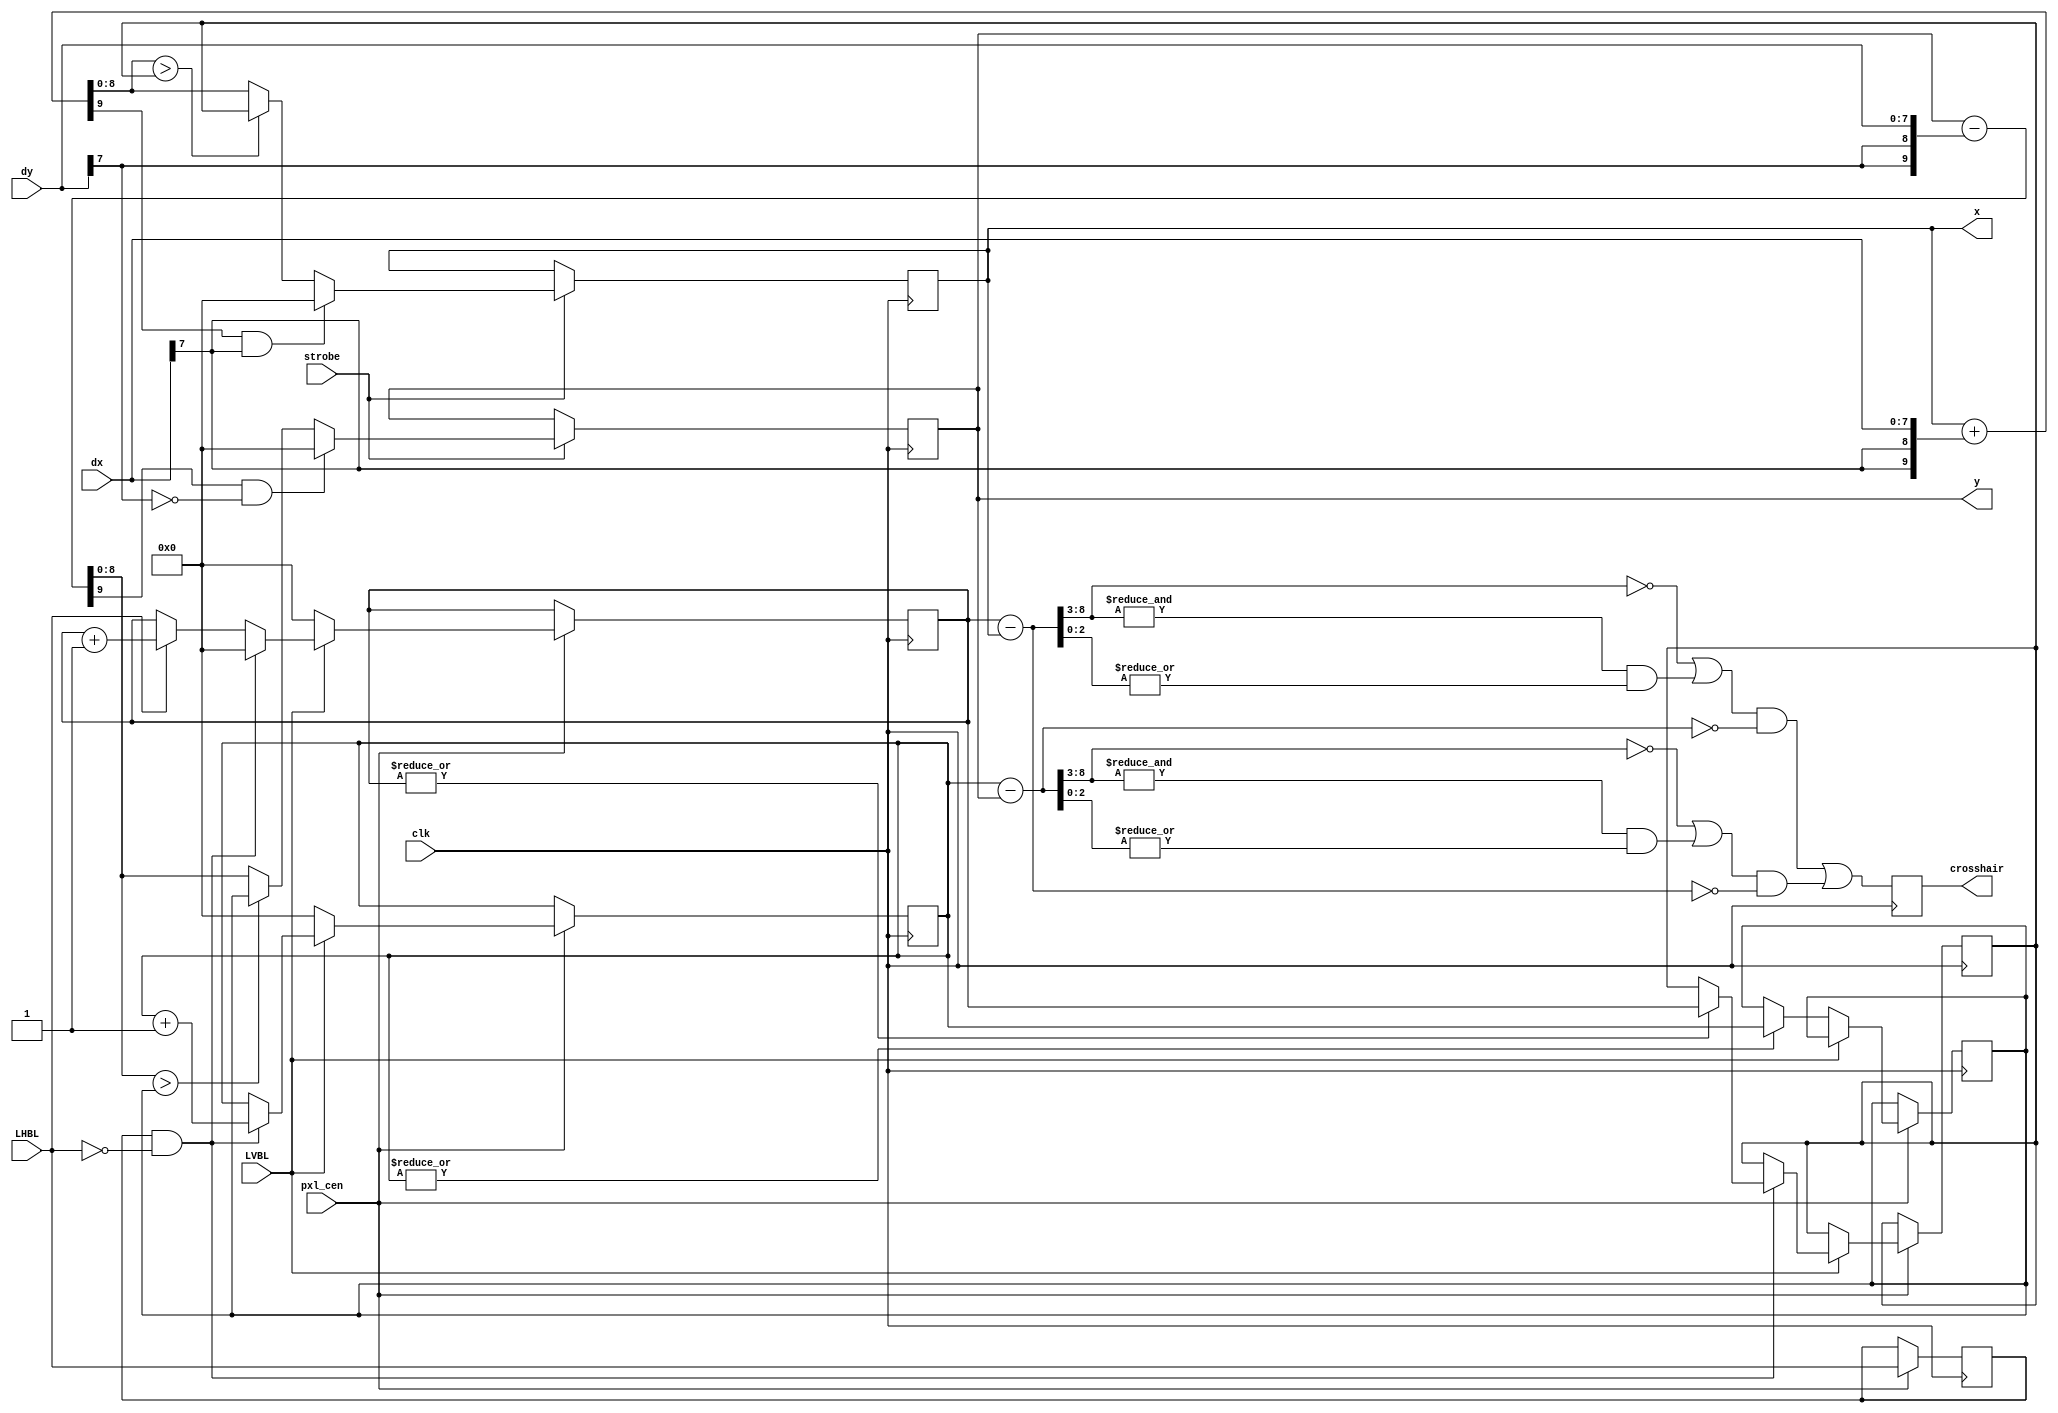
module jts18_crosshair(
    input        clk,
    input        pxl_cen,
    input  [7:0] dx,
    input  [7:0] dy,
    input        strobe,
    input        LVBL,
    input        LHBL,
    output reg [8:0] x,
    output reg [8:0] y,
    output reg   crosshair
);

reg  [8:0] hcnt, vcnt;
reg  [8:0] hcnt_max, vcnt_max;
reg  LHBLl;
wire [9:0] x_next = {1'b0, x} + {{2{dx[7]}}, dx};
wire [9:0] y_next = {1'b0, y} - {{2{dy[7]}}, dy};

wire [8:0] x_diff = hcnt - x;
wire [8:0] y_diff = vcnt - y;

always @(posedge clk) begin
    if (strobe) begin
        if (x_next[9] && dx[7])
            x <= 0;
        else if (x_next[8:0] > hcnt_max)
            x <= hcnt_max;
        else
            x <= x_next[8:0];

        if (y_next[9] && !dy[7])
            y <= 0;
        else if (y_next[8:0] > vcnt_max)
            y <= vcnt_max;
        else
            y <= y_next[8:0];
    end
end

always @(posedge clk) if (pxl_cen) begin
    LHBLl <= LHBL;
    if (!LVBL) begin
        hcnt <= 0;
        vcnt <= 0;
        if (|vcnt) vcnt_max <= vcnt;
    end
    else if (LHBLl & !LHBL) begin
        if (|hcnt) hcnt_max <= hcnt;
        hcnt <= 0;
        vcnt <= vcnt + 1'd1;
    end else if (LHBL)
        hcnt <= hcnt + 1'd1;
end

always @(posedge clk)
    crosshair <= ((x_diff[8:3] == 0 || (&x_diff[8:3] && |x_diff[2:0])) && y_diff == 0) ||
                 ((y_diff[8:3] == 0 || (&y_diff[8:3] && |y_diff[2:0])) && x_diff == 0);

endmodule